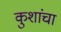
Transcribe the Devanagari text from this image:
कुशांचा